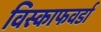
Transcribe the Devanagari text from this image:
विस्काफवर्डा